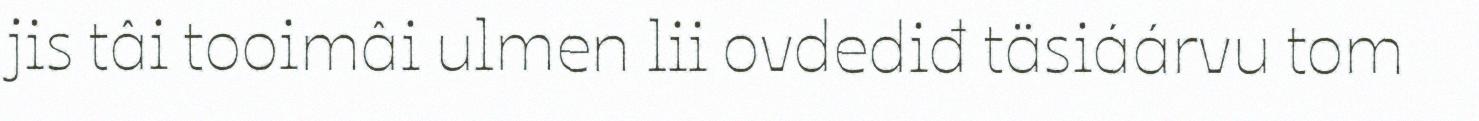
jis tâi tooimâi ulmen lii ovdediđ täsiáárvu tom